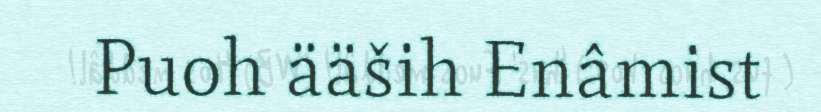
Puoh ääših Enâmist